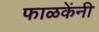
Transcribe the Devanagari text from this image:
फाळकेंनी